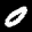
Label: 0